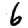
Digit: 6